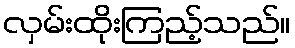
လှမ်းထိုးကြည့်သည်။